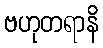
ဗဟုတရာနိ